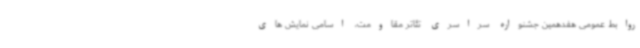
روابط عمومی هفدهمین جشنواره سراسری تئاتر مقاومت، اسامی نمایش های